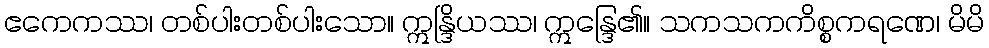
ဧကေကဿ၊ တစ်ပါးတစ်ပါးသော။ ဣန္ဒြိယဿ၊ ဣန္ဒြေ၏။ သကသကကိစ္စကရဏေ၊ မိမိ